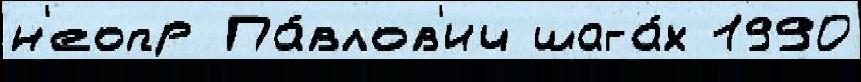
н'еопр Па́влов'ич шага́х 1990